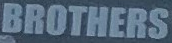
BROTHERS